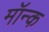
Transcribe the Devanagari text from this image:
मॉन्क